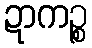
ဍာကဉ္စ